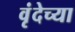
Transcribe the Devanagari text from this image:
वृंदेच्या